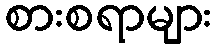
စားစရာများ